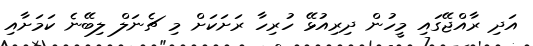
އަދި ރާއްޖޭގައި މީހުން ދިރިއުޅޭ ހުރިހާ ރަށަކަށް މި ޗެނަލް ލިބޭނެ ކަމަށާއި